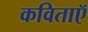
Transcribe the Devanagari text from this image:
कविताऍ